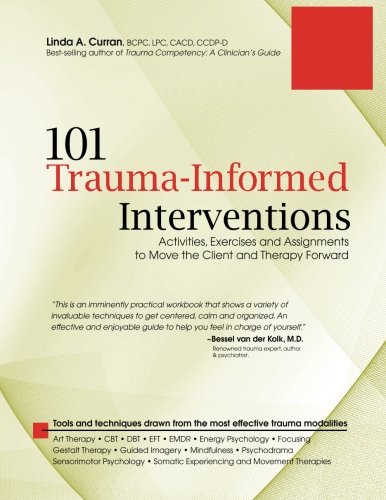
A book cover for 101 Trauma-Informed Interventions: Activities, Exercises and Assignments to Move the Client and Therapy Forward; Linda Curran; Medical Books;